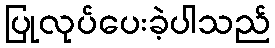
ပြုလုပ်ပေးခဲ့ပါသည်